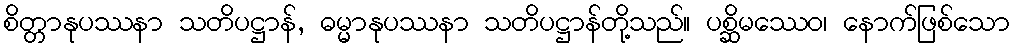
စိတ္တာနုပဿနာ သတိပဋ္ဌာန်, ဓမ္မာနုပဿနာ သတိပဋ္ဌာန်တို့သည်။ ပစ္ဆိမဿေဝ၊ နောက်ဖြစ်သော